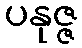
ပနုဇ္ဇ